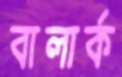
বালার্ক